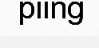
piing